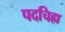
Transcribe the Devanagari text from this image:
पदचिह्म